Document type: Sale
Year: 1440
Scribe: Pere Pau Pujades
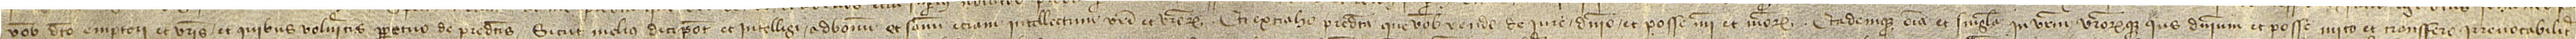
vobis dicto emptori et vestris et quibus volueritis perpetuo de predictis sicut melius dici potest et intelligi ad bonum et sanum etiam intellectum vestri et vestrorum, et extraho predicta que vobis vendo de iure, dominio et posse mei et meorum eademque omnia et singula in vestrum vestrorumque ius, dominium et posse mito et transfero irrevocabiliter